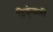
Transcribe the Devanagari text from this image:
द्विकुंडली